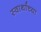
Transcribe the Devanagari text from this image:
स्वार्थाच्या